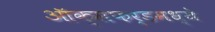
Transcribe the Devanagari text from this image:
ऑक्सफर्डमध्ये